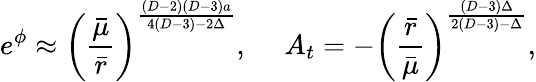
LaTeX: e^{\phi}\approx\left({\frac{\bar{\mu}}{\bar{r}}}\right)^{\frac{(D-2)(D-3)a}{4(D-3)-2\Delta}},\ \ \ \ \ A_{t}=-\left({\frac{\bar{r}}{\bar{\mu}}}\right)^{\frac{(D-3)\Delta}{2(D-3)-\Delta}},